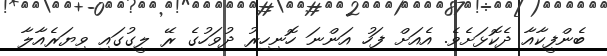
ބެންފީކާއާ ދެކޮޅަށެވެ. އެއަށް ފަހު އަންނަ ހޮނިހިރު ދުވަހުގެ ރޭ ލީގުގައި ވިޔަރެއާލާ